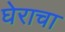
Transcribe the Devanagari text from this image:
घेराचा